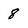
Character: 8